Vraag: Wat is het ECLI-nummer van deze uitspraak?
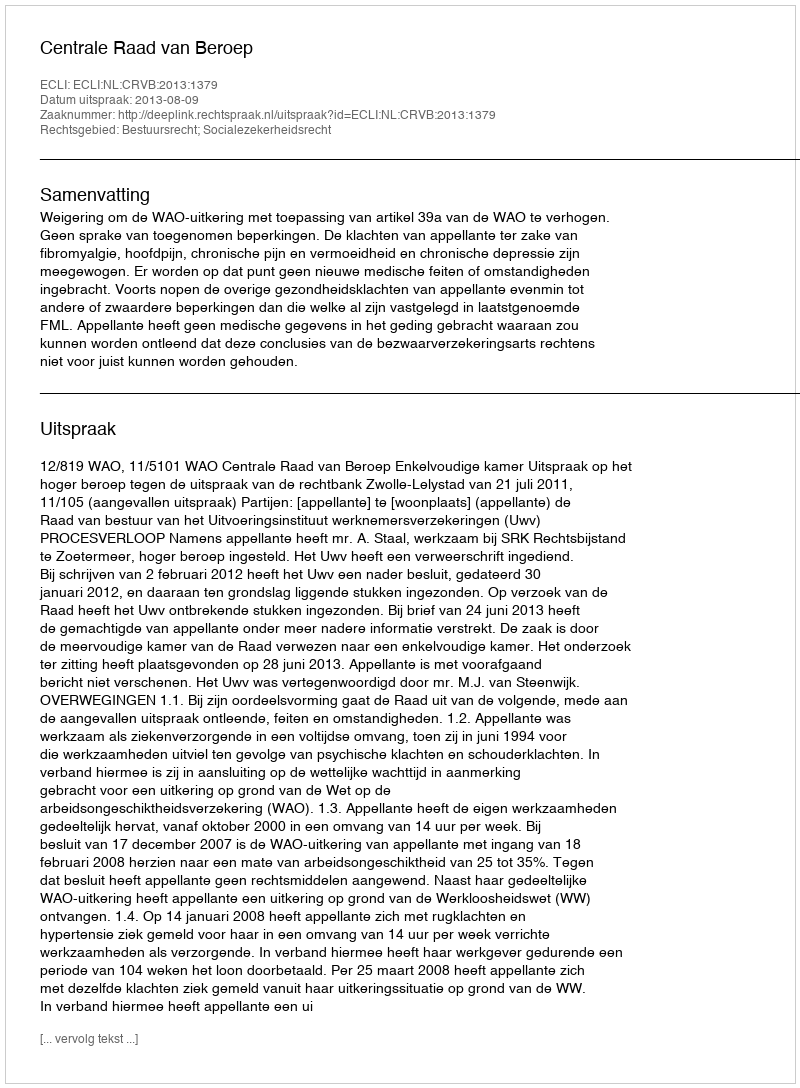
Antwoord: ECLI:NL:CRVB:2013:1379